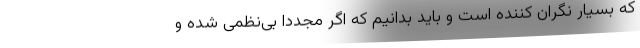
که بسیار نگران کننده است و باید بدانیم که اگر مجددا بی‌نظمی شده و